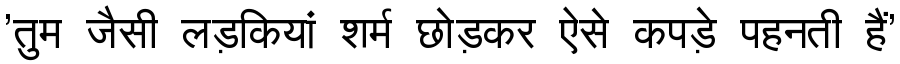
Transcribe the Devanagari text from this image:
'तुम जैसी लड़कियां शर्म छोड़कर ऐसे कपड़े पहनती हैं'